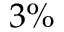
3 \%